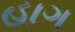
હાગ